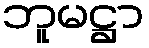
ဘူမဋ္ဌာ